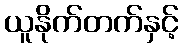
ယူနိုက်တက်နှင့်